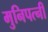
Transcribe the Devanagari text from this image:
मुनिपत्‍नी